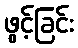
ဖွင့်ခြင်း